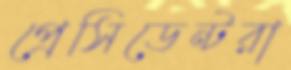
প্রেসিডেন্টরা